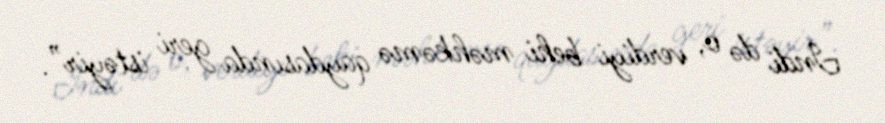
İndi də o, verdiyi behi məhkəmə qaydasında geri istəyir”.